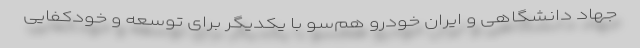
جهاد دانشگاهی و ایران خودرو هم‌سو با یکدیگر برای توسعه و خودکفایی